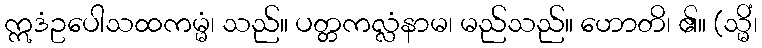
ဣဒံဥပေါသထကမ္မံ၊ သည်။ ပတ္တကလ္လံနာမ၊ မည်သည်။ ဟောတိ၊ ၏။ (သ္မိံ၊